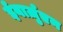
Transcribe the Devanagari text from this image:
ईबार्ज़ुएन